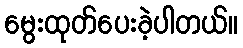
မွေးထုတ်ပေးခဲ့ပါတယ်။